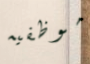
موظفيه